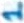
Text: 1